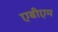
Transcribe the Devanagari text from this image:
एबीएम